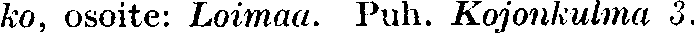
ko, osoite: Loimaa. Puh. Kojonkulma 3.